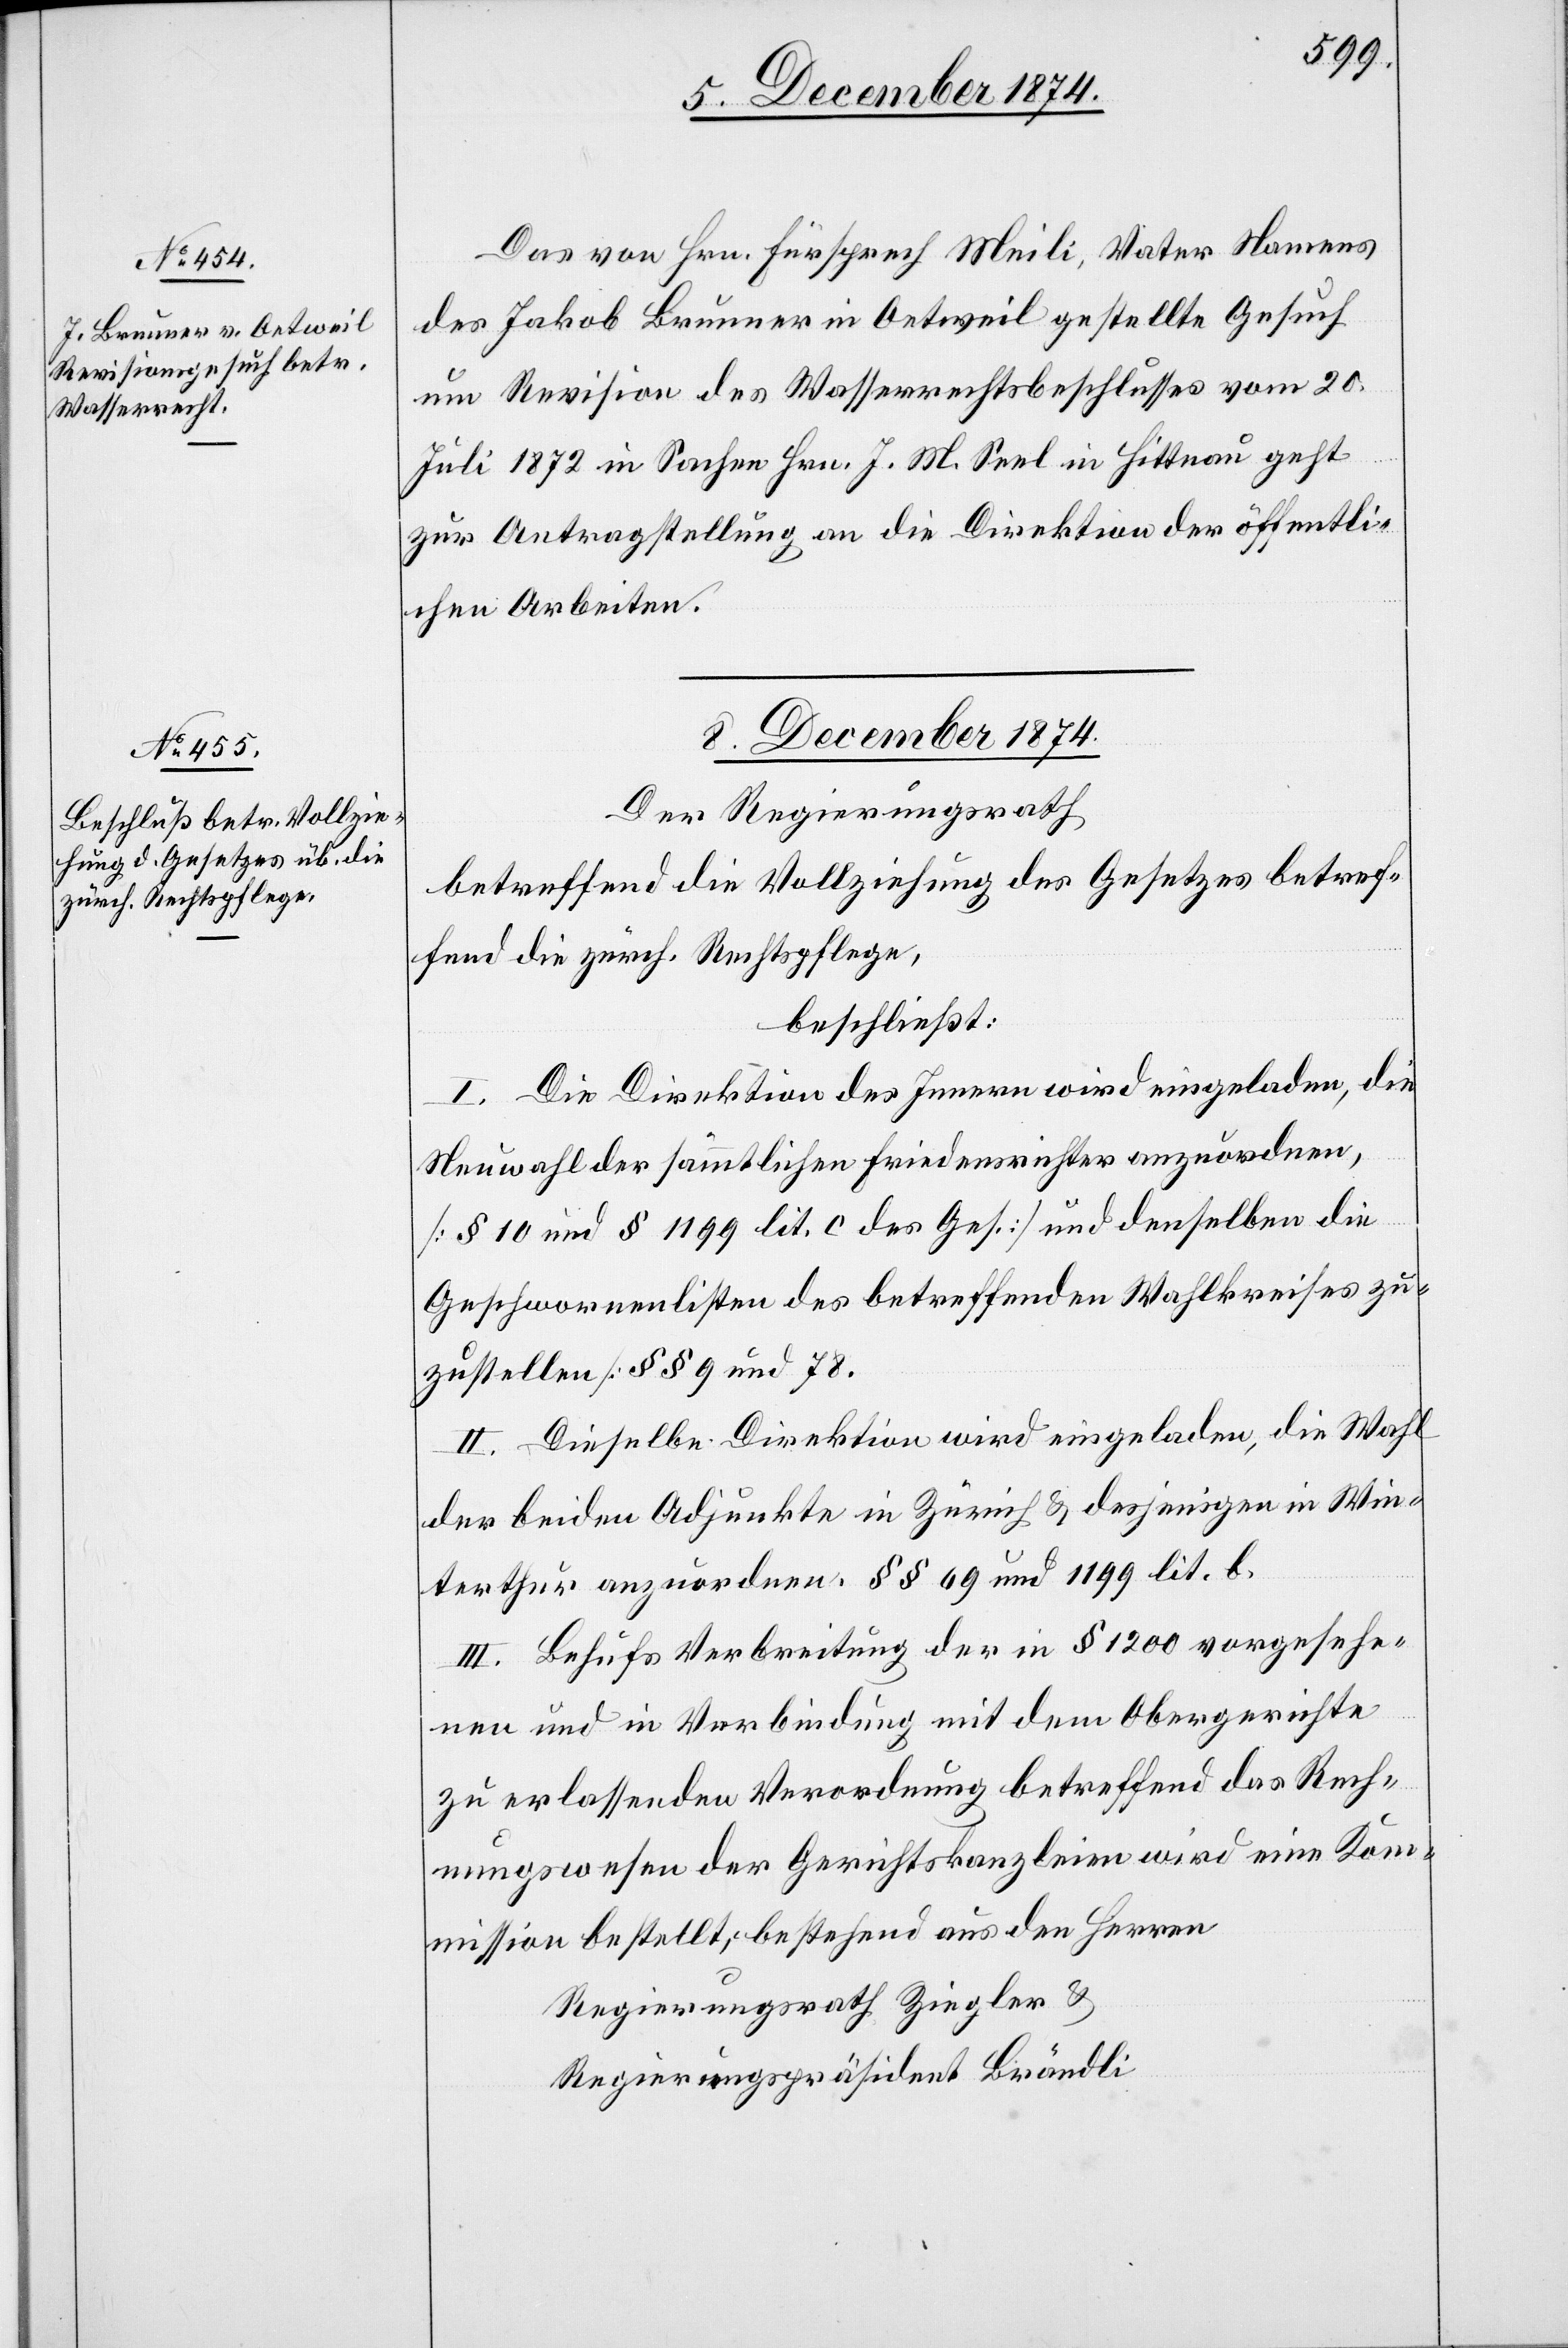
7. Dezember 1874.]
Das von Hrn. Fürsprech Meili, Vater Namens
des Jakob Brunner in Oetweil gestellte Gesuch
um Revision des Wasserrechtsbeschlusses vom 20.
Juli 1872 in Sachen Hrn. J. M. Seel in Hittnau geht
zur Antragstellung an die Direktion der öffentli¬
chen Arbeiten.
8. Dezember 1874.
Der Regierungsrath
betreffend die Vollziehung des Gesetzes betref¬
fend die zürch. Rechtspflege,
beschließt:
I. Die Direktion des Innern wird eingeladen, die
Neuwahl der sämmtlichen Friedensrichter anzuordnen,
[§ 10 und § 1199 lit. c. des Ges.] und denselben die
Geschwornenlisten des betreffenden Wahlkreises zu¬
zustellen [§§ 9 und 78.[]]
II. Dieselbe Direktion wird eingeladen, die Wahl
der beiden Adjunkte[n] in Zürich & desjenigen in Win¬
terthur anzuordnen. §§ 69 und 1199 lit. b.
III. Behufs Verbreitung der in § 1200 vorgesehe¬
nen und in Verbindung mit dem Obergerichte
zu erlassenden Verordnung betreffend das Rech¬
nungswesen der Gerichtskanzleien wird eine Kom¬
mission bestellt, bestehend aus den Herren
Regierungsrath Ziegler &
Regierungspräsident Brändli